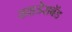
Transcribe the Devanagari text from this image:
हाइडेराबॅड